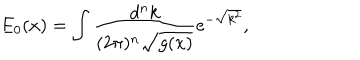
E _ { 0 } ( x ) = \int \frac { d ^ { n } k } { ( 2 \pi ) ^ { n } \sqrt { g ( x ) } } \mathrm { e } ^ { - \sqrt { k ^ { 2 } } } ,